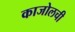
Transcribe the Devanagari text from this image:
काजोलची